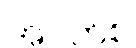
အဝတ်စ